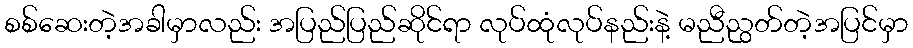
စစ်ဆေးတဲ့အခါမှာလည်း အပြည်ပြည်ဆိုင်ရာ လုပ်ထုံလုပ်နည်းနဲ့ မညီညွတ်တဲ့အပြင်မှာ